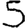
Digit: 5